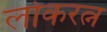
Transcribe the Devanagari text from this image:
लोकरत्न